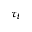
\tau _ { t }